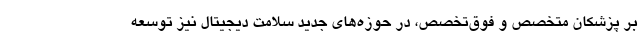
بر پزشکان متخصص و فوق‌تخصص، در حوزه‌های جدید سلامت دیجیتال نیز توسعه